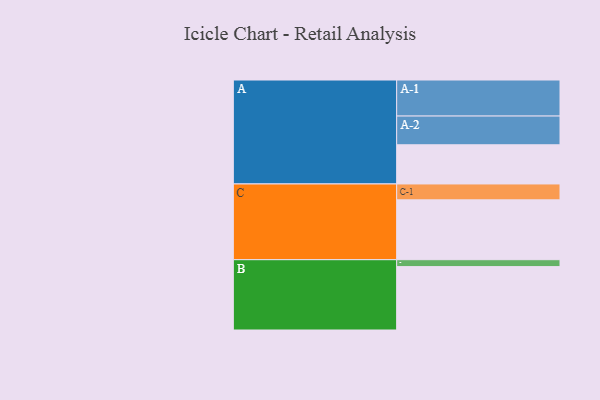
{"axis": {"x": "Segment", "y": "Value"}, "legend": ["", "A", "B", "C"], "data": [{"x": "A", "y": 311, "type": ""}, {"x": "B", "y": 503, "type": ""}, {"x": "C", "y": 475, "type": ""}, {"x": "A-1", "y": 286, "type": "A"}, {"x": "A-2", "y": 228, "type": "A"}, {"x": "B-1", "y": 55, "type": "B"}, {"x": "C-1", "y": 126, "type": "C"}]}